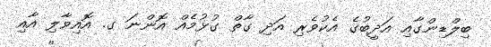
ބިލްޑިންގާއި އަދީބުގެ އެކުވެރި އަދި ގާތް ގުޅުމެއް އޮންނަ ގ. އޮއިވާލި އާއި